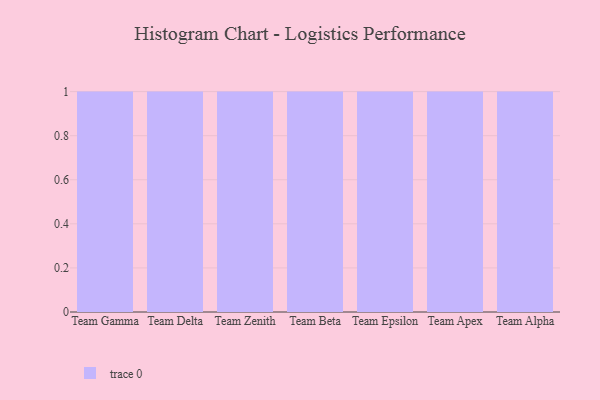
{"axis": {"x": "Team", "y": "Churn Rate (%)"}, "legend": [""], "data": [{"x": "Team Gamma", "y": 1, "type": ""}, {"x": "Team Delta", "y": 13, "type": ""}, {"x": "Team Zenith", "y": 43, "type": ""}, {"x": "Team Beta", "y": 29, "type": ""}, {"x": "Team Epsilon", "y": 68, "type": ""}, {"x": "Team Apex", "y": 43, "type": ""}, {"x": "Team Alpha", "y": 90, "type": ""}]}